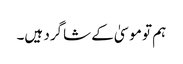
‏ ہم تو موسیٰ کے شاگرد ہیں۔